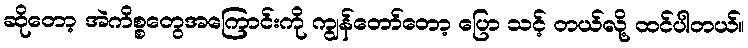
ဆိုတော့ အဲကိစ္စတွေအကြောင်းကို ကျွန်တော်တော့ ပြော သင့် တယ်လို့ ထင်ပါတယ်။